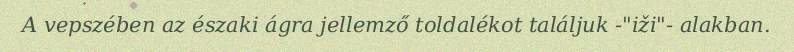
A vepszében az északi ágra jellemző toldalékot találjuk -"iži"- alakban.